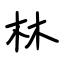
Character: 林